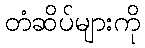
တံဆိပ်များကို